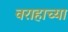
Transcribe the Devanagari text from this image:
वराहाच्या